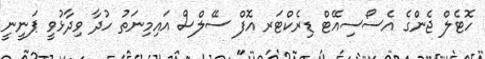
ހޮޓެލް ޖެންގެ އެސޯސިއޭޓް ޑިރެކްޓަރ އޮފް ސޭލްސް އައިމިނަތު ހުދާ ވިދާޅުވީ ޕަނީނީ